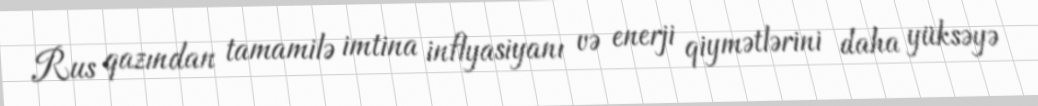
Rus qazından tamamilə imtina inflyasiyanı və enerji qiymətlərini daha yüksəyə